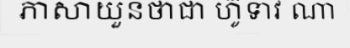
ភាសាយួនថាជា ហ៊ូទាវ ណា